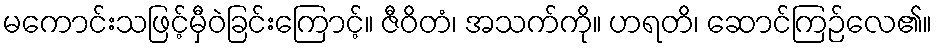
မကောင်းသဖြင့်မှီဝဲခြင်းကြောင့်။ ဇီဝိတံ၊ အသက်ကို။ ဟရတိ၊ ဆောင်ကြဉ်လေ၏။